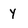
Character: y